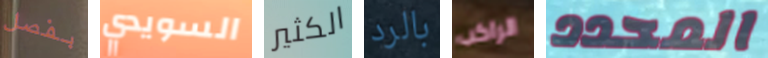
بفصل السويدي الكثير بالرد الراكب المحدد